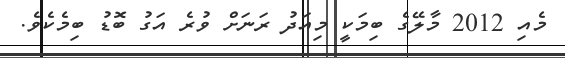
މެއި 2012 މާލޭގެ ބިމަކީ މިއަދު ރަނަށް ވުރެ އަގު ބޮޑު ބިމެކެވެ.